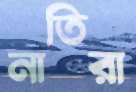
নাতিরা